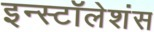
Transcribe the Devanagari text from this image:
इन्स्टॉलेशंस